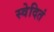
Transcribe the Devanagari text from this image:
स्वेदितं